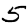
Digit: 5